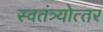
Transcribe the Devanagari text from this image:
स्वतंत्र्योत्‍तर